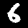
Label: 6